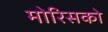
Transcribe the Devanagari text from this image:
मोरिसको